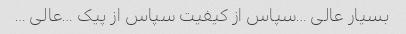
بسیار عالی …سپاس از کیفیت سپاس از پیک …عالی …